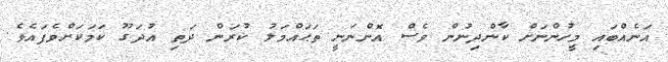
އަނެއްބައި މީހުންނަށް ކާންދިނުން ވެސް އޮންނަނީ ތަޙައްމަލު ކުރަން ދަތި އުދަގޫ ކަމަކަށްވެފައެވެ.